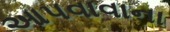
આપવાવાના